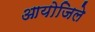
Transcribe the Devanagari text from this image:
आयोजिले